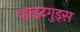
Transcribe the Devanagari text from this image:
व्हाइटगुड्स